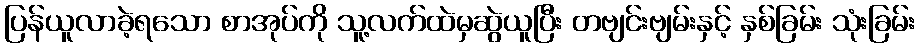
ပြန်ယူလာခဲ့ရသော စာအုပ်ကို သူ့လက်ထဲမှဆွဲယူပြီး တဗျင်းဗျမ်းနှင့် နှစ်ခြမ်း သုံးခြမ်း